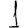
Digit: 1